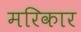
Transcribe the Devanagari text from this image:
मरिकार